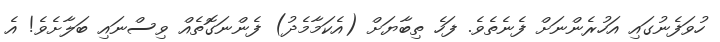
ހުވަފެނުގައި އަހުރެންނަށް ފެނެތެވެ. ފަހެ ތިބާޔަށް (އެކަމާމެދު) ފެންނަގޮތެއް ވިސްނައި ބަލާށެވެ! އެ